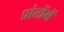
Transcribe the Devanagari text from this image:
प्रांतोंमें